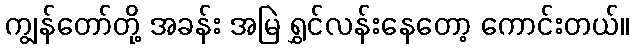
ကျွန်တော်တို့ အခန်း အမြဲ ရွှင်လန်းနေတော့ ကောင်းတယ်။